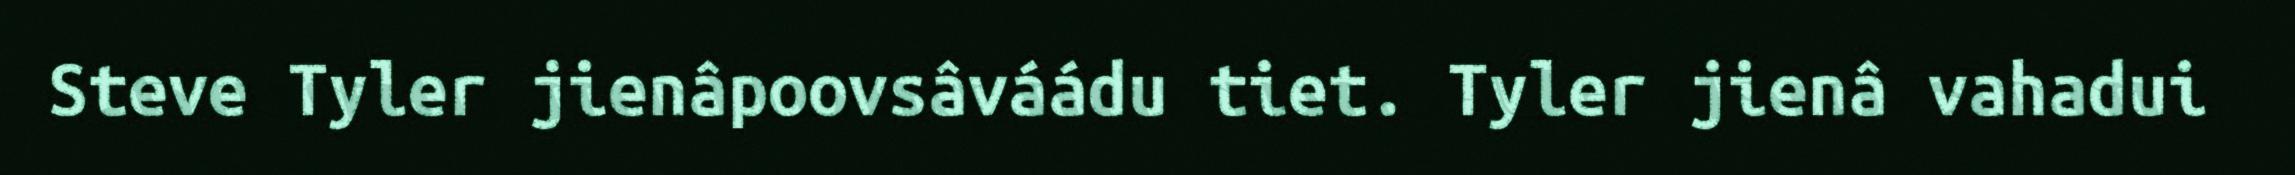
Steve Tyler jienâpoovsâváádu tiet. Tyler jienâ vahadui